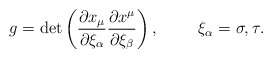
\begin{align*}g = \det\left( \frac{\partial x_{\mu}}{\partial \xi_{\alpha}} \frac{\partial x^{\mu}}{\partial \xi_{\beta}} \right),\hspace{10mm}\xi_{\alpha} = \sigma, \tau .\end{align*}